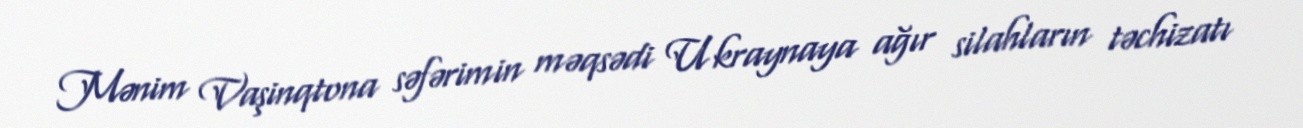
Mənim Vaşinqtona səfərimin məqsədi Ukraynaya ağır silahların təchizatı